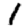
Digit: 1